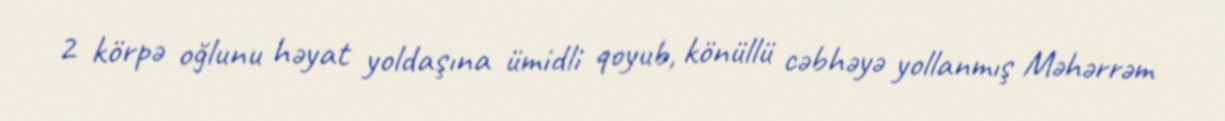
2 körpə oğlunu həyat yoldaşına ümidli qoyub, könüllü cəbhəyə yollanmış Məhərrəm